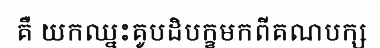
គឺ យកឈ្នះគូបដិបក្ខមកពីគណបក្ស